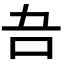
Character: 𭇁